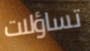
تساؤلات